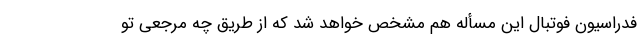
فدراسیون فوتبال این مسأله هم مشخص خواهد شد که از طریق چه مرجعی تو